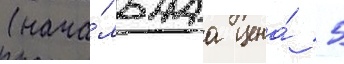
(нача́льнаа цена́  5